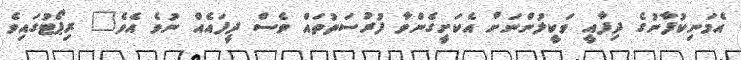
އެމަނިކުފާނުގެ ދިފާއީ ވަކީލުންނަށް އެކަށީގެންވާ ފުރުސަތުތައް ވެސް ދީފައެއް ނުވެ އެވެ" ރިޕޯޓުގައިވެ